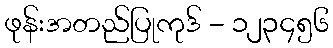
ဖုန်းအတည်ပြုကုဒ် - ၁၂၃၄၅၆